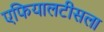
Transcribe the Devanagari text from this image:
एफियालटीसला